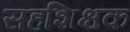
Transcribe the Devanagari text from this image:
सहशिक्षक